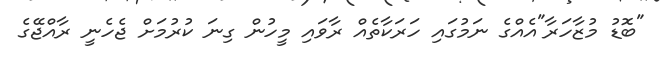
"ބޮޑު މުޒާހަރާ"އެއްގެ ނަމުގައި ހަރަކާތެއް ރާވައި މީހުން ގިނަ ކުރުމަށް ޖެހެނީ ރާއްޖޭގެ